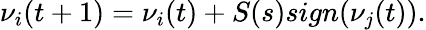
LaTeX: \nu_{i}(t+1)=\nu_{i}(t)+S(s)sign(\nu_{j}(t)).